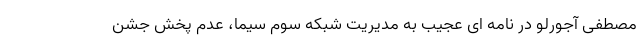
مصطفی آجورلو در نامه ای عجیب به مدیریت شبکه سوم سیما، عدم پخش جشن